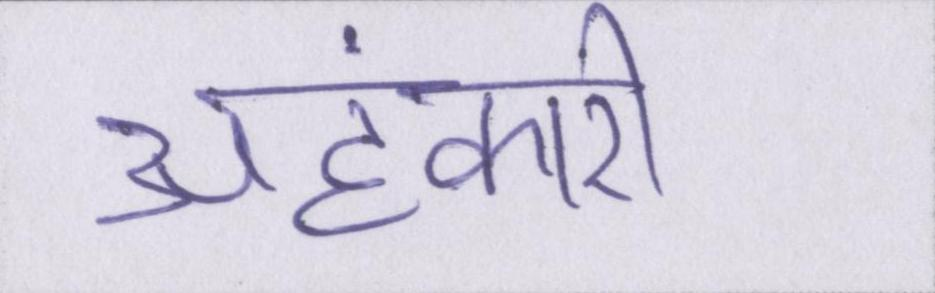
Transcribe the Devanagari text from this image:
अहंकारी